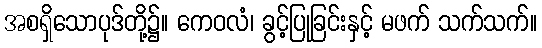
အစရှိသောပုဒ်တို့၌။ ကေဝလံ၊ ခွင့်ပြုခြင်းနှင့် မဖက် သက်သက်။